Civil Veterinary Department Bihar & Orissa reports 1911-21 - 1911-1921
Year: 1911
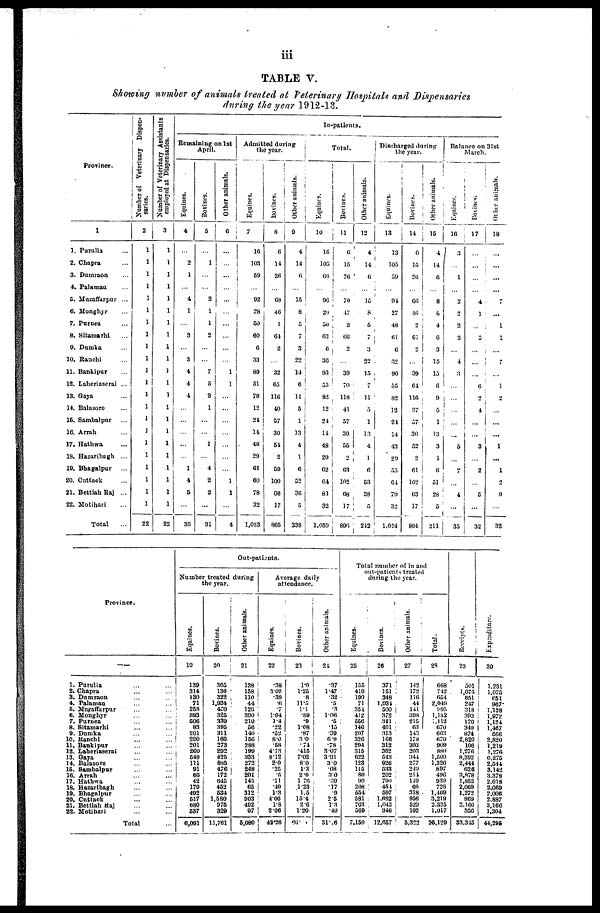
iii
TABLE V.
Showing number of animals treated at Veterinary Hospitals and Dispensaries
during the year 1912-13.
Province.
1
1. Purulia ...
2. Chapra ...
3. Dumraon ...
4. Palamau ...
5. Muzaffarpur ...
6. Monghyr ...
7. Purnea ...
8. Sitamarhi ...
9. Dumka ...
10. Ranchi ...
11. Bankipur ...
12. Laheriaserai ...
13. Gaya ...
14. Balasore ...
15. Sambalpur ...
10. Arrah ...
17. Hathwa ...
18. Hazaribagh ...
19. Bhagalpur ...
20. Cuttack ...
21. Bettiah Raj ...
22. Motihari ...
Total ...
Number of Veterinary Dispen-
saries.
2
1
1
1
1
1
1
1
1
1
1
1
1
1
1
1
1
1
1
1
1
1
1
22
Number of Veterinary Assistants
employed at Dispensaries.
3
1
1
1
1
1
1
1
1
1
1
1
1
1
1
1
1
1
1
1
1
1
1
22
In-patients.
Remaining on 1st
April.
Equines.
4
...
2
1
...
4
1
...
3
...
3
4
4
4
...
...
...
...
...
1
4
5
...
30
Bovines.
5
...
1
...
...
2
1
1
2
...
...
7
5
2
1
...
...
1
...
4
2
2
...
31
Other animals.
6
...
...
...
...
...
...
...
...
...
...
1
1
...
...
...
...
...
...
...
1
1
...
4
Admitted during
the year.
Equines.
7
16
103
59
...
92
28
60
60
6
33
89
51
78
12
24
14
48
29
61
60
78
32
1,023
Bovines.
8
6
14
26
...
68
46
1
64
2
...
32
65
116
40
57
30
51
2
59
100
60
17
865
Other animals.
9
4
14
6
...
15
8
5
7
3
22
14
6
11
5
1
13
4
1
6
52
36
5
238
Total.
Equines.
10
10
105
60
...
96
29
50
63
6
36
93
55
82
12
24
14
48
29
62
64
81
32
1,059
Bovines.
11
6
15
26
...
70
47
2
66
2
39
70
118
41
57
30
55
2
63
102
68
17
896
Other animals.
12
4
14
6
...
15
8
5
7
3
22
15
7
11
5
1
13
4
1
6
53
38
5
212
Discharged during
the year.
Equines.
18
13
105
59
...
94
27
48
61
6
32
90
55
82
12
24
14
43
29
55
64
79
32
1,624
Bovines.
14
6
15
20
...
66
10
2
61
...
...
39
64
116
37
57
30
52
2
61
102
63
17
864
Other animals.
15
4
14
6
...
9
8
4
6
3
15
15
6
9
5
1
13
3
1
6
51
28
5
211
Balance on 31st
March.
Equines.
16
3
...
1
...
2
2
2
2
...
4
3
...
...
...
...
...
5
...
7
...
4
...
35
Bovines.
17
...
...
...
...
4
1
...
5
...
...
...
6
...
4
...
...
3
...
2
...
5
...
32
Other animals.
18
...
...
...
...
7
...
1
1
...
7
...
1
2
...
...
...
1
...
1
2
9
...
32
Province.
——
1. Purulia ... ...
2. Chapra ... ...
3. Dumraon ... ...
4. Palamau ... ...
5. Muzaffarpur ... ...
6. Monghyr ... ...
7. Purnea ... ...
8. Sitamarhi ... ...
9. Dumka ... ...
10. Ranchi ... ...
11. Bankipur ... ...
12. Laheriaserai ... ...
13. Gaya ... ...
14. Balasore ... ...
15. Sambalpur ... ...
16. Arrah ... ...
17. Hathwa ... ...
18. Hazaribagh ... ...
19.Bhagalpur ... ...
20. Cuttack ... ...
21. Bettiah Raj ... ...
22. Motihari ... ...
Total ...
Out-patients.
Number treated during
the year.
Equines.
19
139
314
130
71
258
383
506
83
201
290
201
260
540
111
91
66
42
179
492
517
680
637
6,091
Bovines.
20
365
136
322
1,934
430
325
339
395
311
166
273
292
425
885
476
172
645
462
634
1,580
975
329
11,761
Other animals.
21
138
158
110
44
126
390
210
56
140
156
283
199
333
272
248
201
145
65
312
903
492
97
5,080
Average daily
attendance.
Equines.
22
.38
3.02
.38
.6
.7
1.04
1.4
.22
.52
8 0
.58
4.73
8.12
2.0
.25
.5
.11
.49
1.3
4.06
1.8
2 06
43.26
Bovines.
23
1.0
1.25
.8
11.5
1.1
.89
.9
1.08
.87
3 0
.74
.415
7.02
80
1.3
2.0
1 76
1.23
1.5
15.4
2.6
1.20
69.
Other animals.
24
.37
1.47
.32
.5
.3
1.06
.5
.15
.39
6.0 .78
3.07
3.91
3 0
.08
30
.39
.17
.9
2 5
1.3
.40
31.26
Total number of in and
out-patients treated
during the year.
Equines.
25
155
419
190
71
354
412
556
146
207
326
294
315
622
123
115
80
90
208
554
581
763
569
7,150
Bovines.
26
371
151
348
1,931
500
372
341
461
313
166
312
362
543
926
533
202
700
451
597
1,682
1,043
346
12,657
Other animals.
27
142
172
116
44
141
398
215
63
143
178
303
203
344
277
249
214
149
66
318
956
529
102
5,322
Total.
28
668
742
654
2,049
995
1,182
1,112
670
663
670
909
880
1,509
1,326
897
496
939
728
1,169
3,219
2,335
1,017
36,129
Recei pt s .
29
501
1,075
851
247
318
393
120
340
874
2,820
106
1,276
8,392
2,444
626
3,878
1,852
2,069
1,272
869
3,100
356
33,315
Expendi t
ur e.
30
1,231
1,075
651
967
1,138
1,972
1,124
1,467
566
2,820
1,219
1,276
6,275
2,544
3,142
3,378
2,018
2,069
2,006
2,887
3,166
1,304
44,296